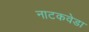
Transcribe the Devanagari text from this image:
नाटकवेडा